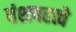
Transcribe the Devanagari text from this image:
वंशपरत्वे